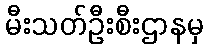
မီးသတ်ဦးစီးဌာနမှ